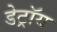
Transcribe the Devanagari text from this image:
डेट्रॉय